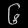
Digit: ၆